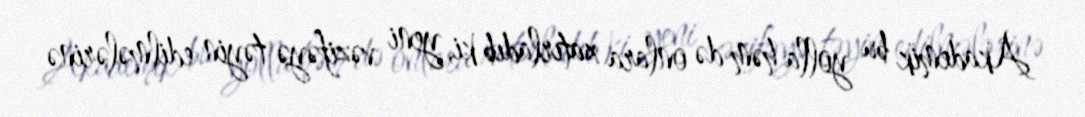
Akademik bu yolla həm də onlara xatırladıb ki, yeni vəzifəyə təyin edilmələrinə